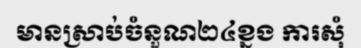
មានស្រាប់ចំនួណ២៤ខ្នង ការសុំ